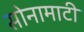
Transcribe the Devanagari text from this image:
सोनामाटी